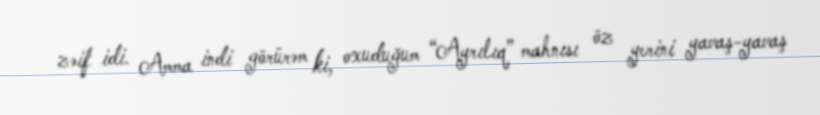
zəif idi. Amma indi görürəm ki, oxuduğum “Ayrılıq” mahnısı öz yerini yavaş-yavaş